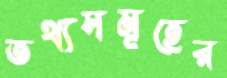
তথ্যসমূহের